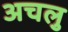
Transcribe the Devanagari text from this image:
अचलु